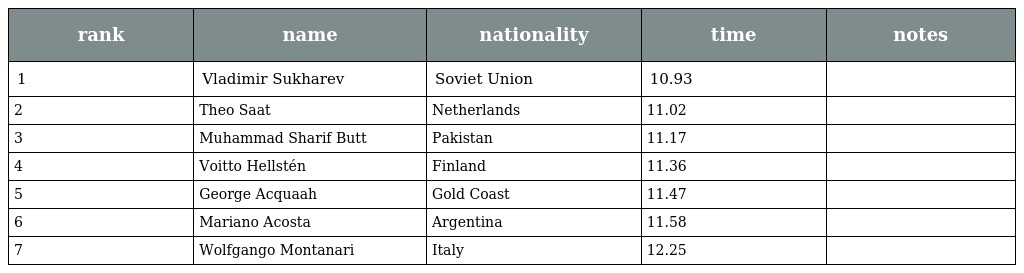
| rank | name | nationality | time | notes |
 | --- | --- | --- | --- | --- |
 | 1 | Vladimir Sukharev | Soviet Union | 10.93 |  |
 | 2 | Theo Saat | Netherlands | 11.02 |  |
 | 3 | Muhammad Sharif Butt | Pakistan | 11.17 |  |
 | 4 | Voitto Hellstén | Finland | 11.36 |  |
 | 5 | George Acquaah | Gold Coast | 11.47 |  |
 | 6 | Mariano Acosta | Argentina | 11.58 |  |
 | 7 | Wolfgango Montanari | Italy | 12.25 |  |